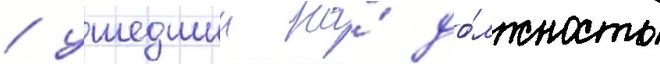
/ ушедшии на́ до́лжность